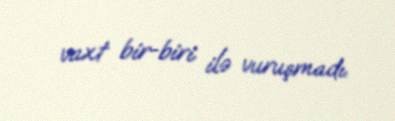
vaxt bir-biri ilə vuruşmadı.